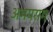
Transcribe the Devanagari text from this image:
अभयराम